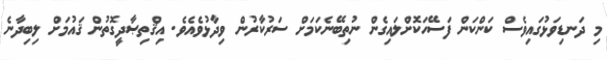
މި ދަނޑިވަޅުގައިވެސް ކަންކަން ފަސޭހަކޮށްލައިގެން ނުތިބޭނެކަމަށް ސަރުކާރުން ވިދާޅުވެއެވެ. އިޤްތިޞާދީގޮތުން ޤައުމަށް ލިބިދާނެ